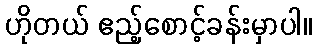
ဟိုတယ် ဧည့်စောင့်ခန်းမှာပါ။